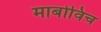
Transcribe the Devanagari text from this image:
माबोविच